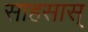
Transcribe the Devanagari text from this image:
साहसास्